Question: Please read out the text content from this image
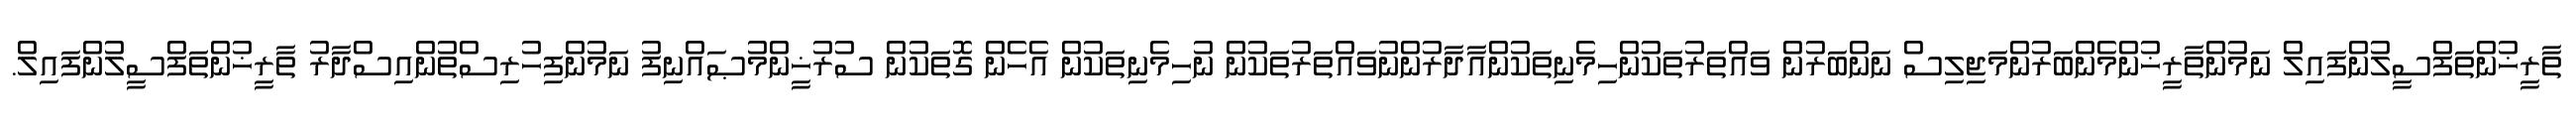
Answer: ތާރީޚުންތަފްސީލުންފައިލް ނަމުންތާރީޚުންމެންބަރުންމަޖިލިސް ނަންބަރުން ވައްތަރުތަކުންހިމެނިތަކުންއާދާރުންނުވައްތަރުތަކުން ނުހިމެނިތަކުން އެހެން ގޮތަކުން ސުރުޚީންމުޞައްނިފު ނަމުންފިހުރިސްތުންއިސްދާރު ތާރީޚުންތަފްސީލުންފައިލް.